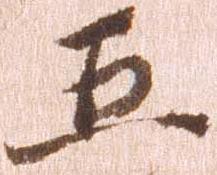
五